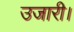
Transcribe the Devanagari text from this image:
उजारी।